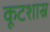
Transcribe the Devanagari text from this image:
कूटशास्र